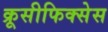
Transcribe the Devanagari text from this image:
क्रूसीफिक्‍सेस